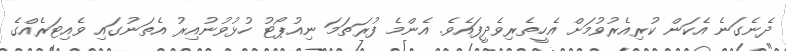
ދެނެގަނެ އެކަން ކުރިއެރުވުމަށް އެހީތެރިވެދީފައެވެ. އެންމެ ފުރަތަމަ ނިއުޕޯޓު ހުޅުވުނުއިރު އެތަނުގައި ވެއިޓަރެއްގެ